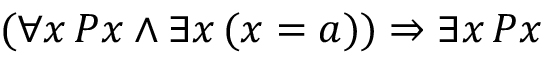
( \forall x \, P x \land \exists x \, ( x = a ) ) \Rightarrow \exists x \, P x